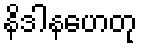
နိဒါနဟေတု